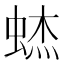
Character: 𰳃